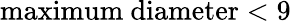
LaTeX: \mathrm{maximum~diameter}<9